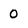
Character: 0